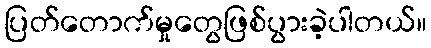
ပြတ်တောက်မှုတွေဖြစ်ပွားခဲ့ပါတယ်။